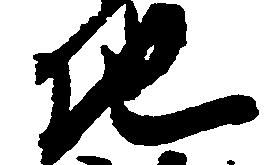
地